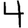
Digit: 4